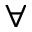
\forall